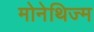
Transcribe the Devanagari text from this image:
मोनेथिज्म